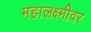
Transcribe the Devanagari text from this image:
महालक्ष्मीवर